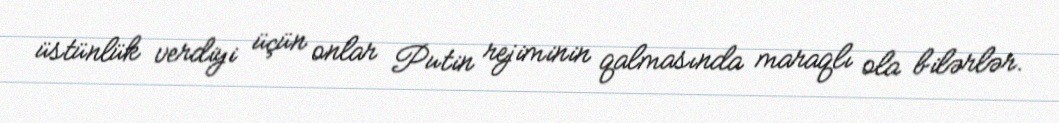
üstünlük verdiyi üçün onlar Putin rejiminin qalmasında maraqlı ola bilərlər.